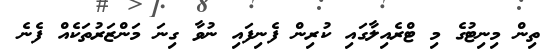
ތިން މިނިޓުގެ މި ޓްރެއިލާގައި ކުރިން ފެނިފައި ނުވާ ގިނަ މަންޒަރުތަކެއް ފެނެ